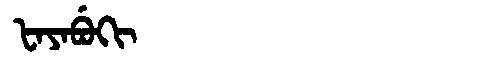
Manchu: ᡶᠠᠶᠠᠪᡠᡴᡳ
Romanization: FAYABUKI